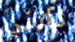
كانني